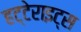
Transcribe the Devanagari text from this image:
हट्टेराइट्स